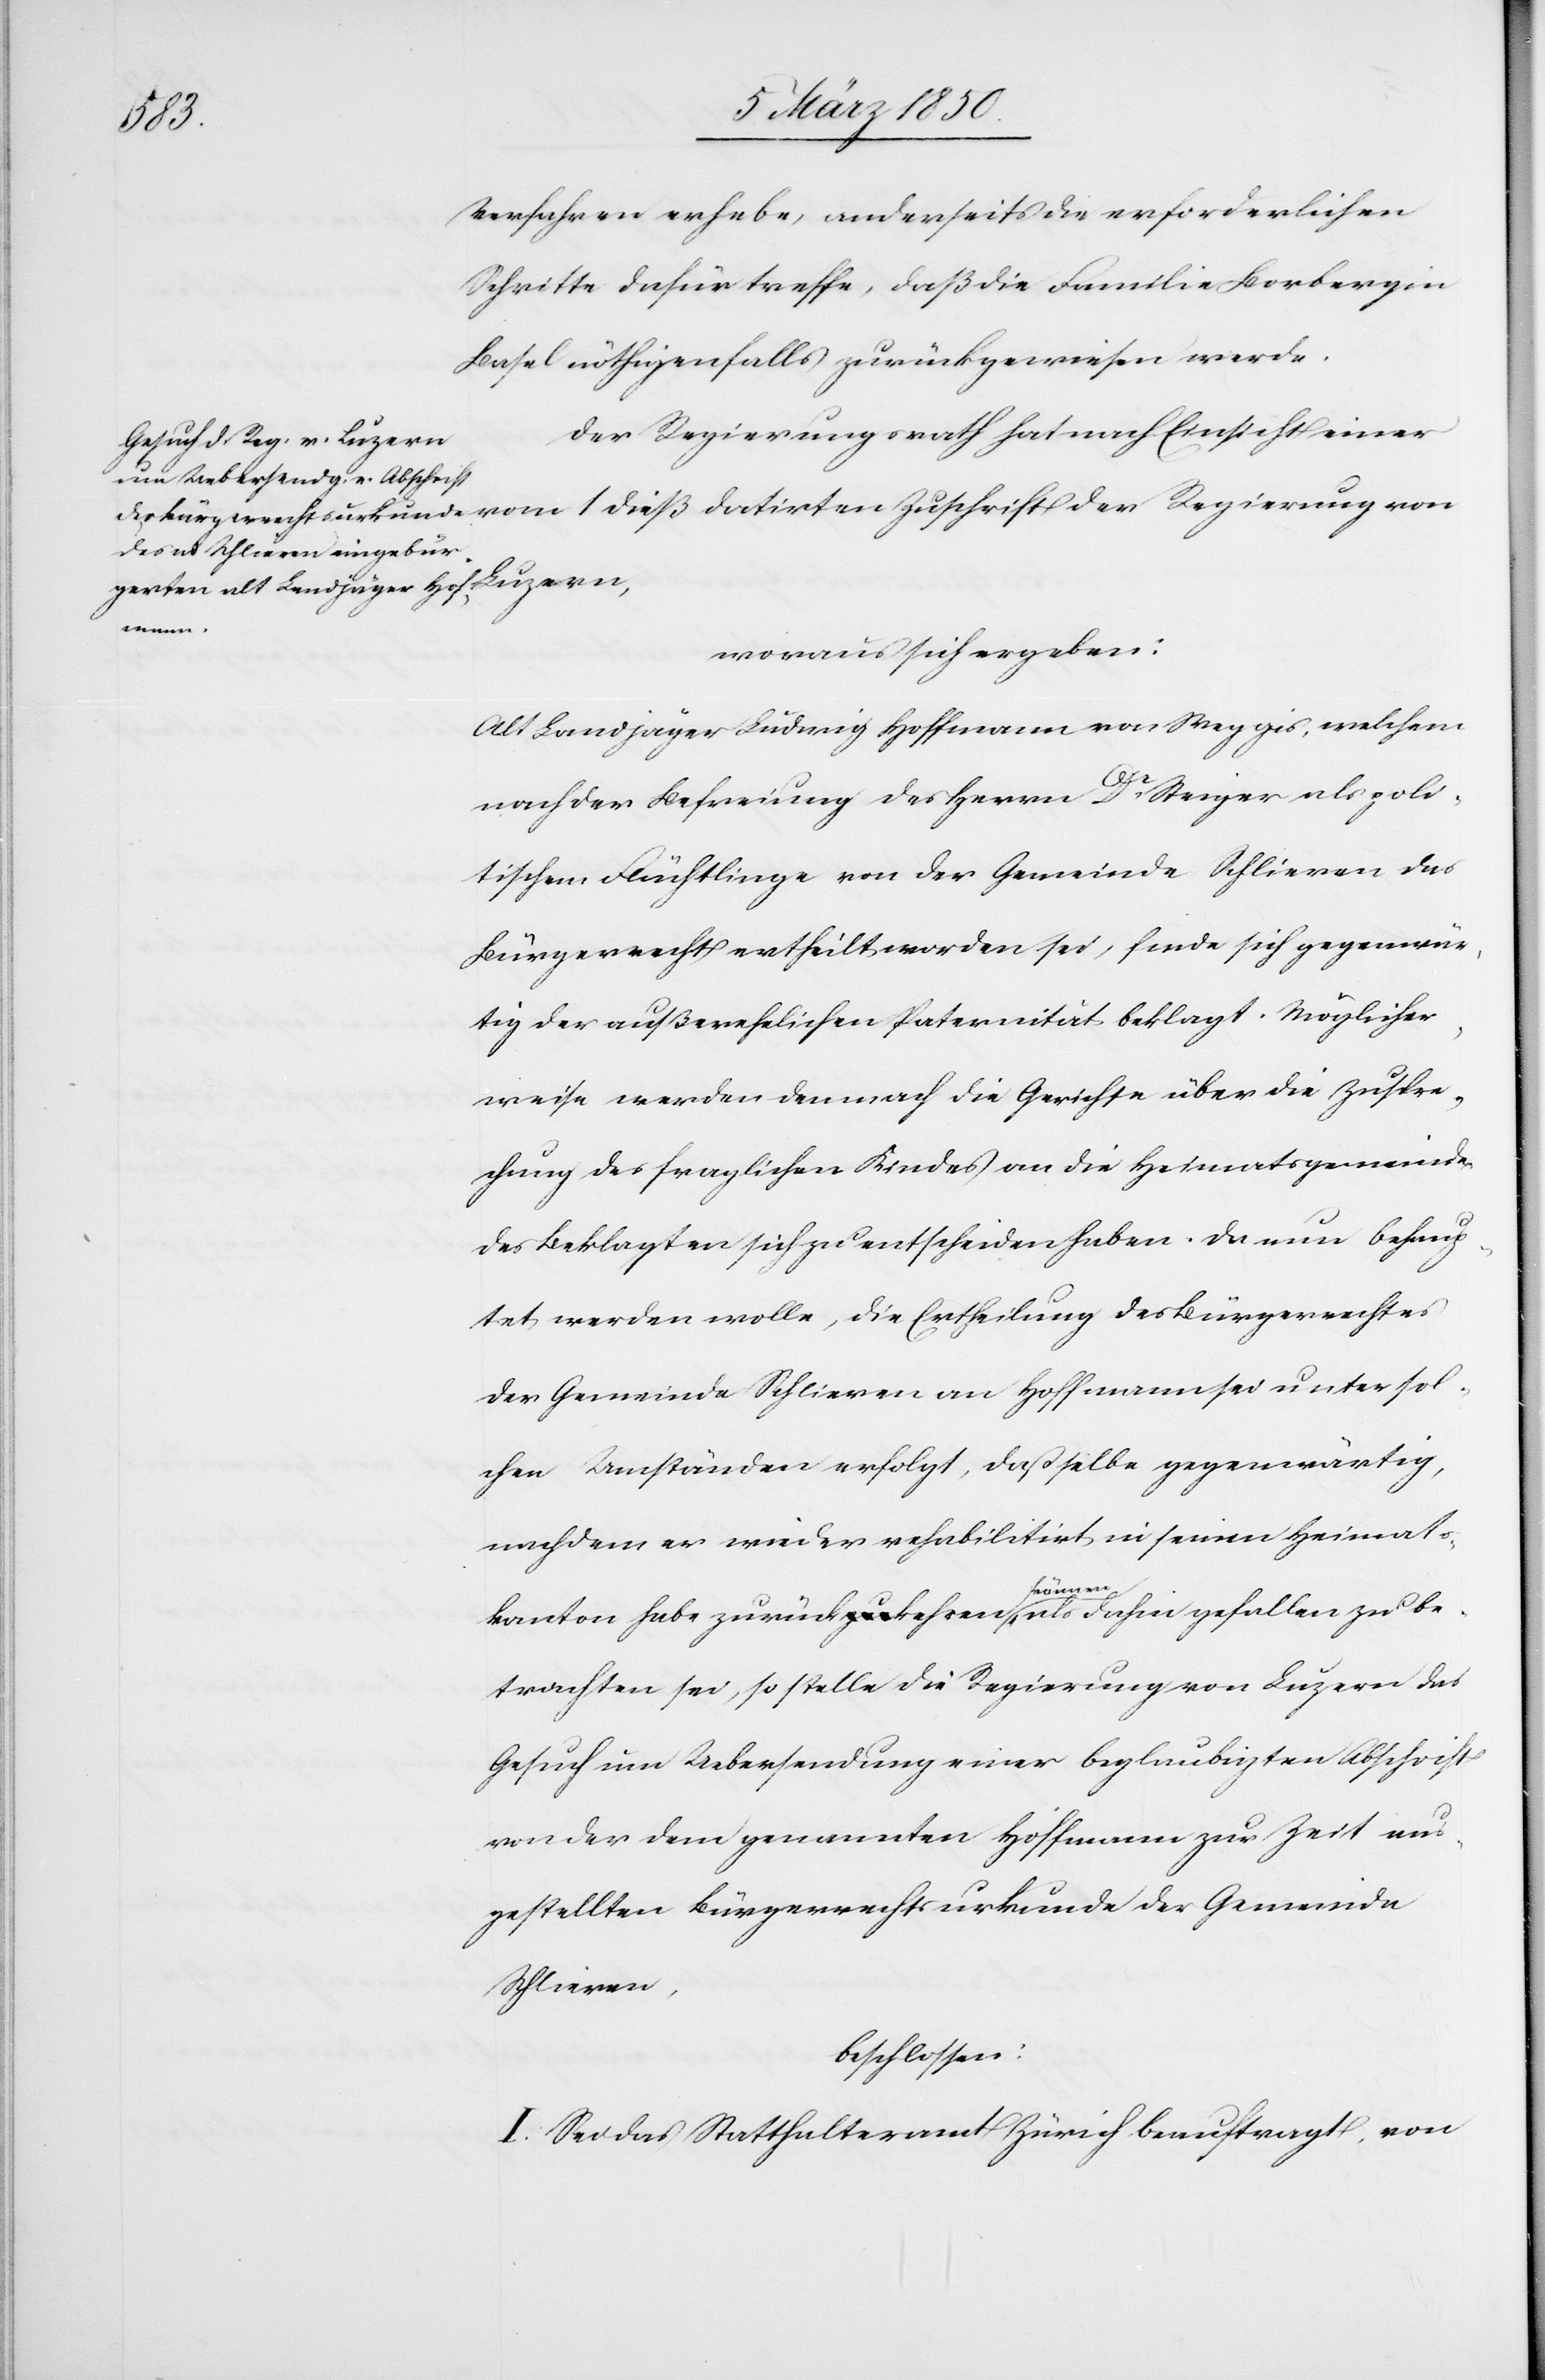
Luz¬
Verfahren erhebe, anderseits die erforderlichen
Schritte dafür treffe, daß die Familie Borberg in
Basel nöthigenfalls zurückgewiesen werde.
Der Regierungsrath hat nach Einsicht einer
ern,
woraus sich ergeben:
Alt Landjäger Ludwig Hoffmann [sic!] von Weggis, welchem
nach der Befreiung des Herrn Dr. Steiger als poli¬
tischem Flüchtlinge von der Gemeinde Schlieren das
Bürgerrecht ertheilt worden sei, finde sich gegenwär¬
tig der außerehelichen Paternität beklagt. Möglicher¬
weise werden demnach die Gerichte über die Zuspre¬
chung des fraglichen Kindes an die Heimatsgemeinde
des Beklagten sich zu entscheiden haben. Da nun behaup¬
tet werden wolle, die Ertheilung des Bürgerrechtes
der Gemeinde Schlieren an Hoffmann sei unter sol¬
chen Umständen erfolgt, daß [das]selbe gegenwärtig,
nachdem er wieder rehabilitirt in seinen Heimats¬
kanton habe zurückkehren können, als dahin gefallen zu be¬
trachten sei, so stelle die Regierung von Luzern das
Gesuch um Uebersendung einer beglaubigten Abschrift
von der dem genannten Hoffmann zur Zeit aus¬
gestellten Bürgerrechtsurkunde der Gemeinde
Schlieren,
beschlossen:
I. Sei das Statthalteramt Zürich beauftragt, von